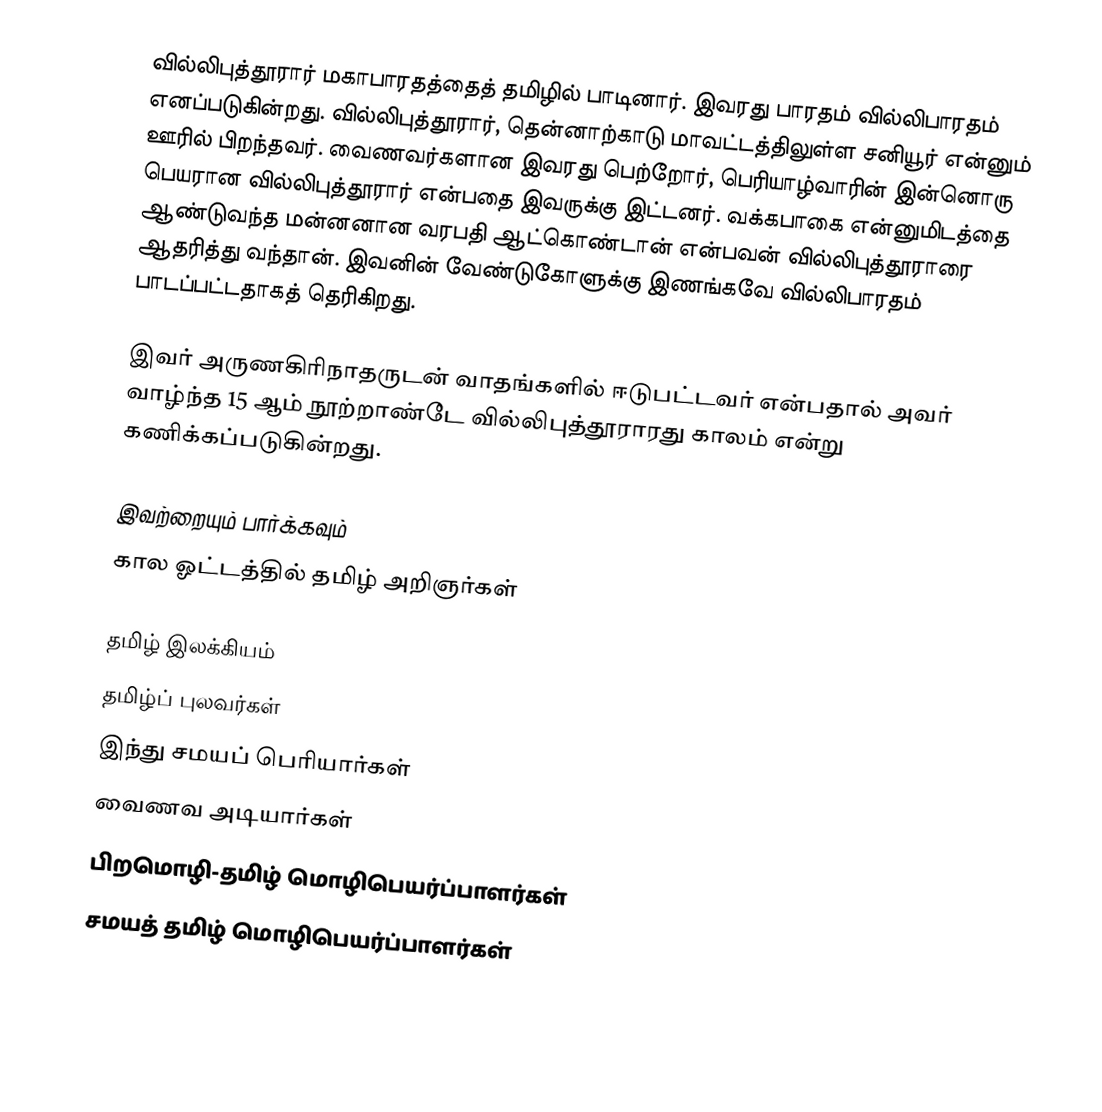
வில்லிபுத்தூரார் மகாபாரதத்தைத் தமிழில் பாடினார். இவரது பாரதம் வில்லிபாரதம் எனப்படுகின்றது. வில்லிபுத்தூரார், தென்னாற்காடு மாவட்டத்திலுள்ள சனியூர் என்னும் ஊரில் பிறந்தவர். வைணவர்களான இவரது பெற்றோர், பெரியாழ்வாரின் இன்னொரு பெயரான வில்லிபுத்தூரார் என்பதை இவருக்கு இட்டனர். வக்கபாகை என்னுமிடத்தை ஆண்டுவந்த மன்னனான வரபதி ஆட்கொண்டான் என்பவன் வில்லிபுத்தூராரை ஆதரித்து வந்தான். இவனின் வேண்டுகோளுக்கு இணங்கவே வில்லிபாரதம் பாடப்பட்டதாகத் தெரிகிறது.

இவர் அருணகிரிநாதருடன் வாதங்களில் ஈடுபட்டவர் என்பதால் அவர் வாழ்ந்த 15 ஆம் நூற்றாண்டே வில்லிபுத்தூராரது காலம் என்று கணிக்கப்படுகின்றது.

இவற்றையும் பார்க்கவும்
 கால ஓட்டத்தில் தமிழ் அறிஞர்கள்

தமிழ் இலக்கியம்
தமிழ்ப் புலவர்கள்
இந்து சமயப் பெரியார்கள்
வைணவ அடியார்கள்
பிறமொழி-தமிழ் மொழிபெயர்ப்பாளர்கள்
சமயத் தமிழ் மொழிபெயர்ப்பாளர்கள்